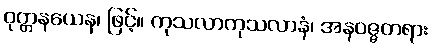
ဝုတ္တနယေန၊ ဖြင့်။ ကုသလာကုသလာနံ၊ အနဝဇ္ဇတရား